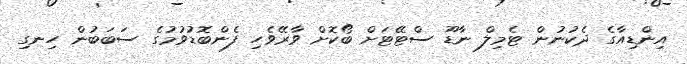
އިންޑިއާގެ ދެކުނުން ޓެމިލް ނާޑޫ ސްޓޭޓަށް ބޯކޮށް ވާރޭވެހި ފެންބޮޑުވުމުގެ ސަބަބުން ހިނގި